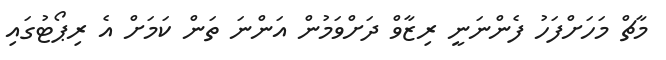
މާޗް މަހަށްފަހު ފެންނަނީ ރިޒާވް ދަށްވަމުން އަންނަ ތަން ކަމަށް އެ ރިޕޯޓުގައި